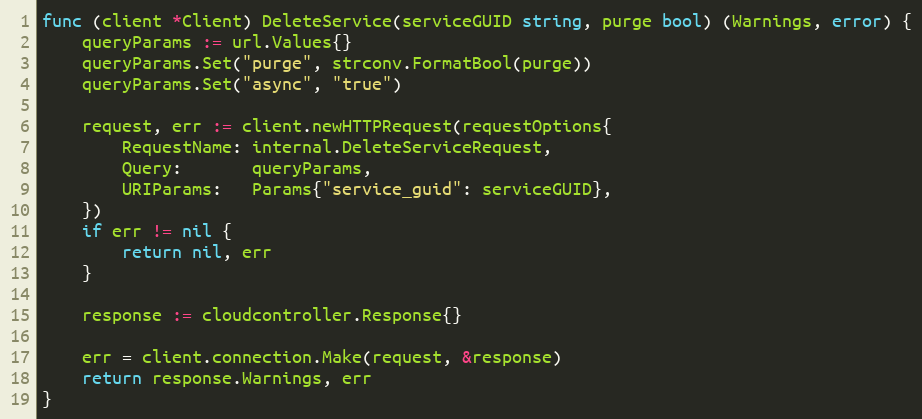
Language: Go
func (client *Client) DeleteService(serviceGUID string, purge bool) (Warnings, error) {
	queryParams := url.Values{}
	queryParams.Set("purge", strconv.FormatBool(purge))
	queryParams.Set("async", "true")

	request, err := client.newHTTPRequest(requestOptions{
		RequestName: internal.DeleteServiceRequest,
		Query:       queryParams,
		URIParams:   Params{"service_guid": serviceGUID},
	})
	if err != nil {
		return nil, err
	}

	response := cloudcontroller.Response{}

	err = client.connection.Make(request, &response)
	return response.Warnings, err
}